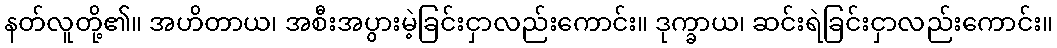
နတ်လူတို့၏။ အဟိတာယ၊ အစီးအပွားမဲ့ခြင်းငှာလည်းကောင်း။ ဒုက္ခာယ၊ ဆင်းရဲခြင်းငှာလည်းကောင်း။